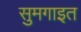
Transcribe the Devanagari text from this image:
सुमगाइत